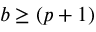
b \geq ( p + 1 )